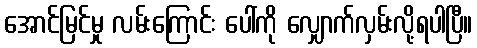
အောင်မြင်မှု လမ်းကြောင်း ပေါ်ကို လျှောက်လှမ်းလို့ရပါပြီ။